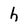
Character: h